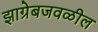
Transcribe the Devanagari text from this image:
झाग्रेबजवळील